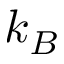
k _ { B }